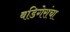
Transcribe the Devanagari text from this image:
बडिगेरांचा